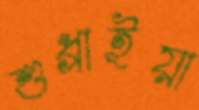
শুধ্‌রাইয়া